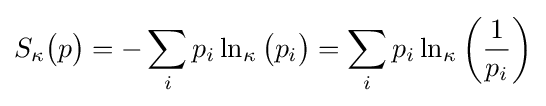
S_{\kappa }{\big (}p{\big )}=-\sum _{i}p_{i}\ln _{\kappa }{\big (}p_{i}{\big )}=\sum _{i}p_{i}\ln _{\kappa }{\bigg (}{\frac {1}{p_{i}}}{\bigg )}